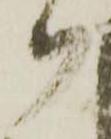
ヲ